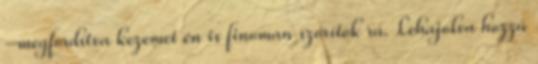
–megfordítva kezemet én is finoman szorítok rá. Lehajolva hozzá